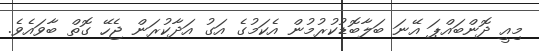
މިއީ ދޮންބައްޕަ އޭނަ ބަލާބޮޑުކުރުމުން އެކަމުގެ އަގު އަދާކުރަން ޖެހޭ ގޮތް ބާވައެވެ.